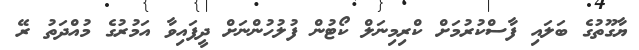
ޔާގޫތުގެ ބަލައި ފާސްކުރުމަށް ކްރިމިނަލް ކޯޓުން ފުލުހުންނަށް ދީފައިވާ އަމުރުގެ މުއްދަތު ރޭ